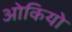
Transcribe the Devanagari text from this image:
ओकियो